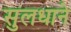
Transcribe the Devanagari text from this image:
सुलधाने